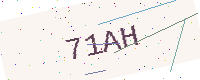
Text: 71AH